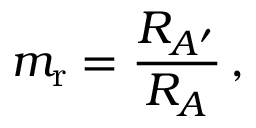
m _ { \mathrm { r } } = { \frac { R _ { A ^ { \prime } } } { R _ { A } } } \, ,